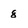
Character: 8